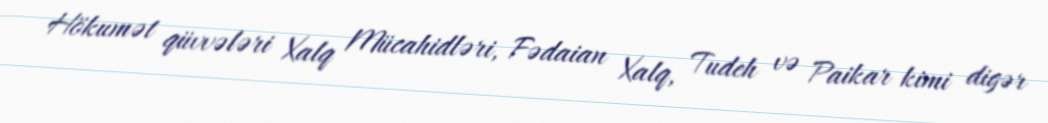
Hökumət qüvvələri Xalq Mücahidləri, Fədaian Xalq, Tudeh və Paikar kimi digər